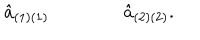
LaTeX: { \hat { a } } _ { ( 1 ) ( 1 ) } \qquad \qquad { \hat { a } } _ { ( 2 ) ( 2 ) } .